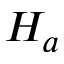
H _ { a }